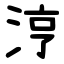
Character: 涥